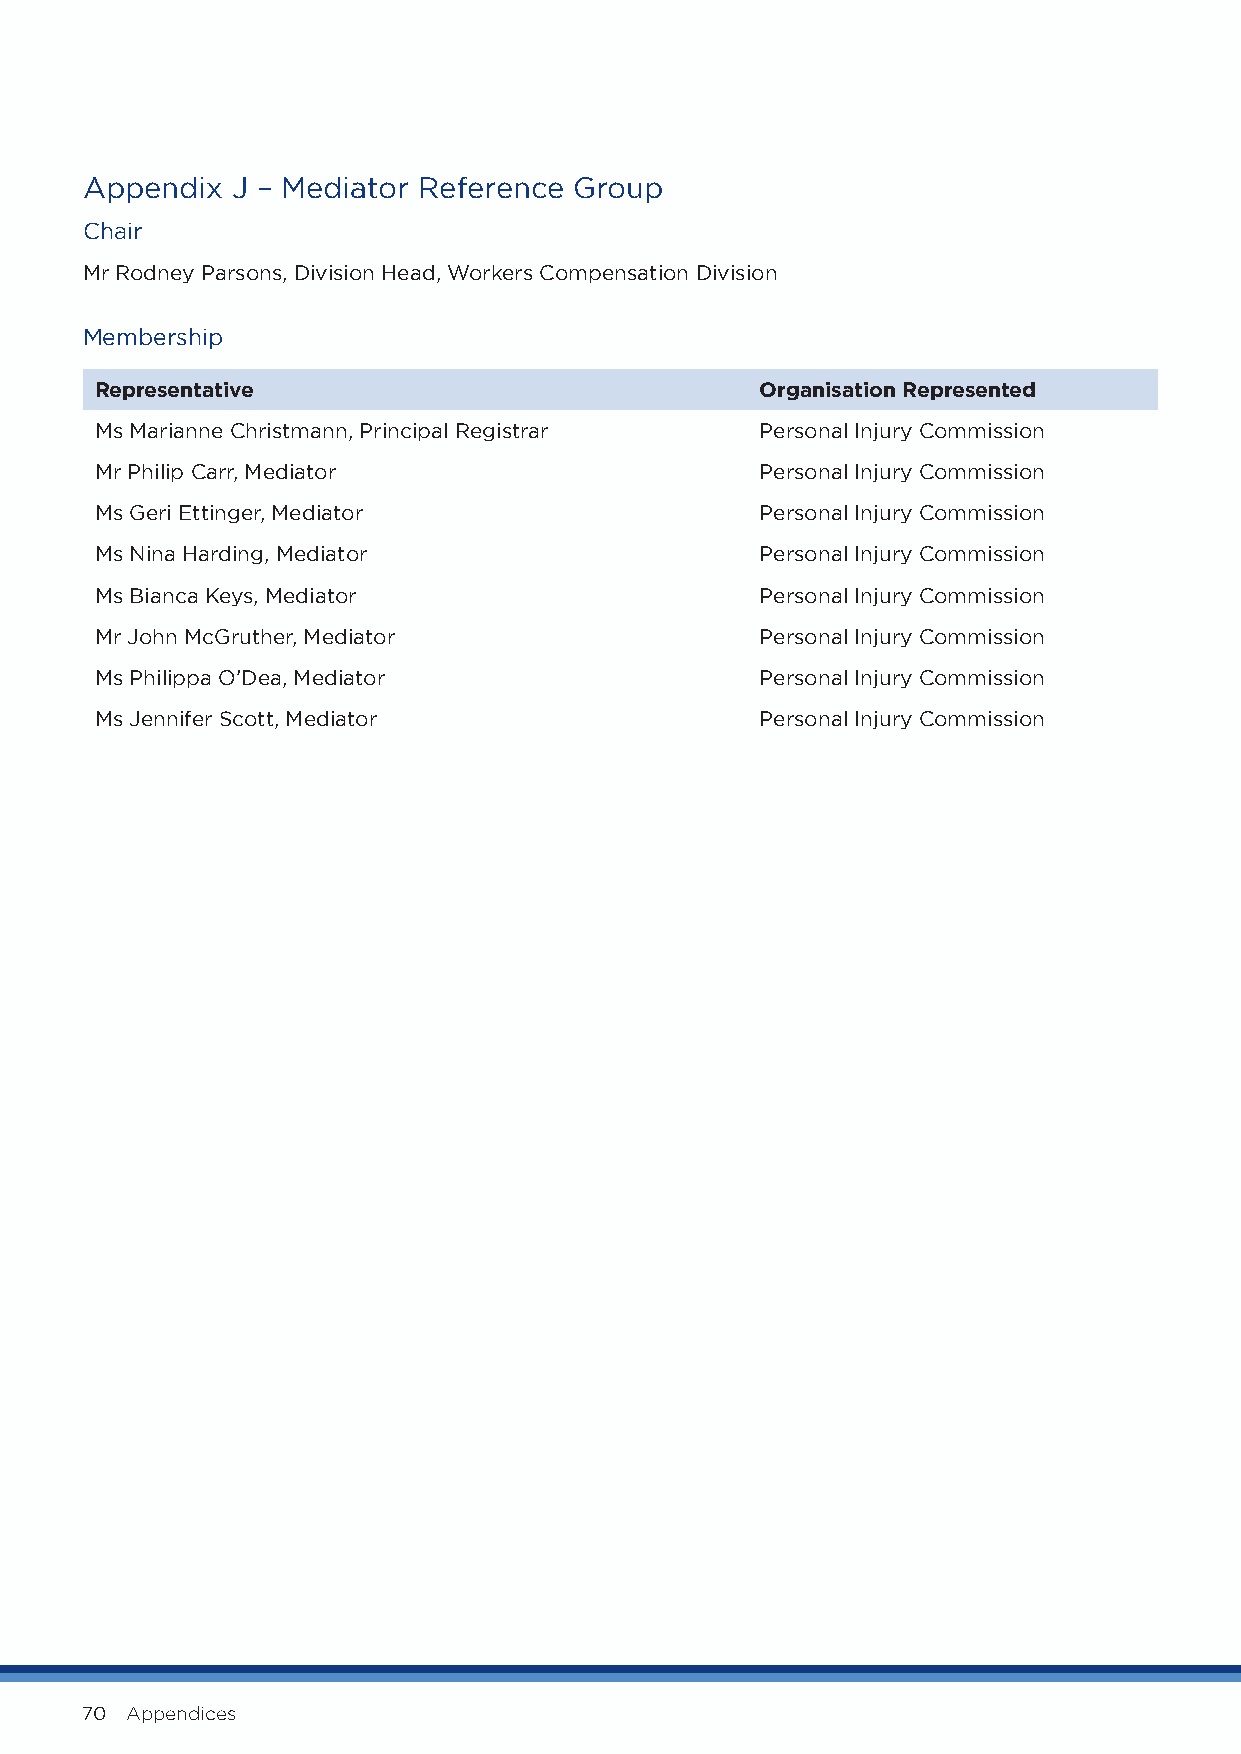
Appendix  J – Mediator Reference Group
 Chair
 Mr Rodney Parsons, Division Head, Workers Compensation Division
 Membership
 Representative                              Organisation Represented
 Ms Marianne Christmann, Principal Registrar Personal Injury Commission
 Mr Philip Carr, Mediator                    Personal Injury Commission
 Ms Geri Ettinger, Mediator                  Personal Injury Commission
 Ms Nina Harding, Mediator                   Personal Injury Commission
 Ms Bianca Keys, Mediator                    Personal Injury Commission
 Mr John McGruther, Mediator                 Personal Injury Commission
 Ms Philippa O’Dea, Mediator                 Personal Injury Commission
 Ms Jennifer Scott, Mediator                 Personal Injury Commission
 70 Appendices